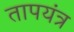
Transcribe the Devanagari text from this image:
तापयंत्र